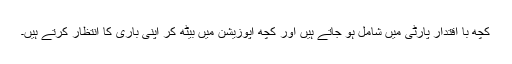
کچھ با اقتدار پارٹی میں شامل ہو جاتے ہیں اور کچھ اپوزیشن میں بیٹھ کر اپنی باری کا انتظار کرتے ہیں۔